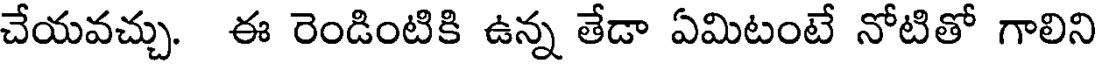
చేయవచ్చు. ఈ రెండింటికి ఉన్న తేడా ఏమిటంటే నోటితో గాలిని